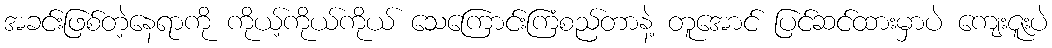
အခင်းဖြစ်တဲ့နေရာကို ကိုယ့်ကိုယ်ကိုယ် သေကြောင်းကြံစည်တာနဲ့ တူအောင် ပြင်ဆင်ထားမှာပဲ ကျေးဇူးပဲ